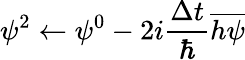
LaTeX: \psi^{2}\leftarrow\psi^{0}-2i\frac{\Delta t}{\hbar}\overline{{h\psi}}